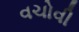
વચોવી